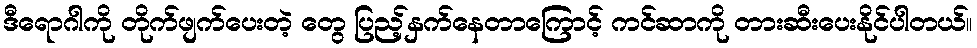
ဒီရောဂါကို တိုက်ဖျက်ပေးတဲ့ တွေ ပြည့်နှက်နေတာကြောင့် ကင်ဆာကို တားဆီးပေးနိုင်ပါတယ်။